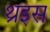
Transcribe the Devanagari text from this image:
थ्रेइस